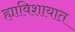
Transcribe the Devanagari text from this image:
ह्याविशायात